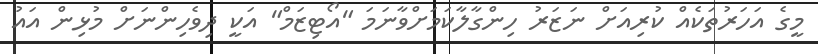
މީގެ އަހަރުތަކެއް ކުރިއަށް ނަޒަރު ހިންގާލާކަމަށްވާނަމަ "އޯޓިޒަމް" އަކީ ދިވެހިންނަށް މުޅިން އައު